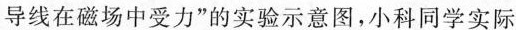
导线在磁场中受力”的实验示意图，小科同学实际